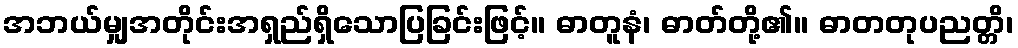
အဘယ်မျှအတိုင်းအရှည်ရှိသောပြခြင်းဖြင့်။ ဓာတူနံ၊ ဓာတ်တို့၏။ ဓာတတုပညတ္တိ၊